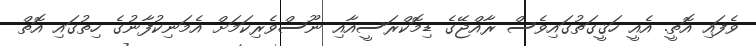
ވެފައި އޮތީ. އެއީ ހަޤީގަތުގައިވެސް ރާއްޖޭގެ ޑިމޮކްރަސީއާއި ނޫސްވެރިކަމަށް އެމަނިކުފާނުގެ ހިތުގައި އޮތް